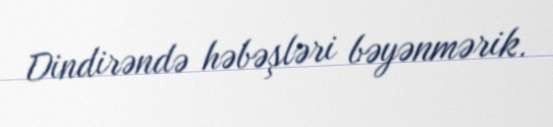
Dindirəndə həbəşləri bəyənmərik.